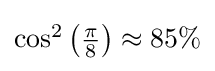
{\textstyle \cos ^{2}\left({\frac {\pi }{8}}\right)\approx 85\%}